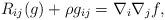
LaTeX: \begin{align*}R_{ij}(g)+\rho g_{ij}=\nabla_{i}\nabla_{j}f,\end{align*}